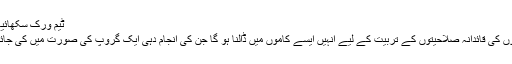
ٹیم ورک سکھائیے:
بچوں کی قائدانہ صلاحیتوں کے تربیت کے لیے انہیں ایسے کاموں میں ڈالنا ہو گا جن کی انجام دہی ایک گروپ کی صورت میں کی جائے۔